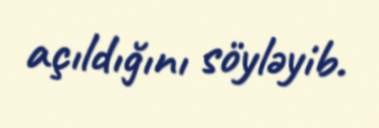
açıldığını söyləyib.